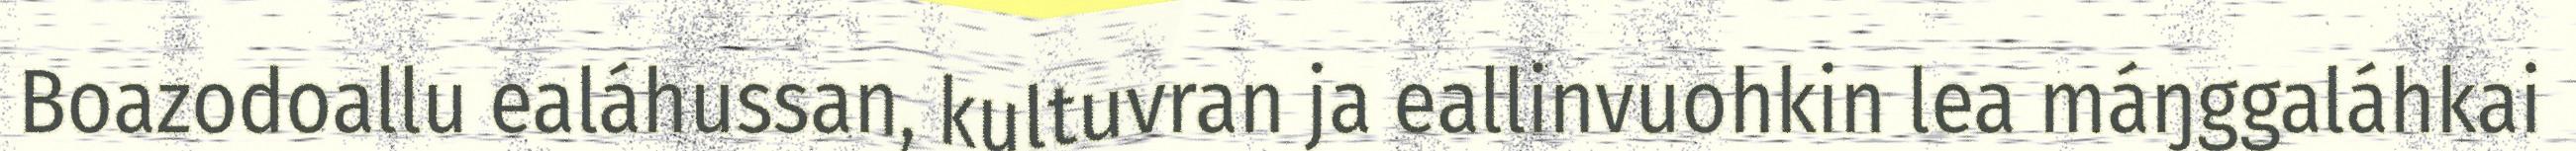
Boazodoallu ealáhussan, kultuvran ja eallinvuohkin lea máŋggaláhkai